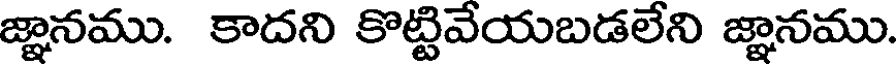
జ్ఞానము. కాదని కొట్టివేయబడలేని జ్ఞానము.